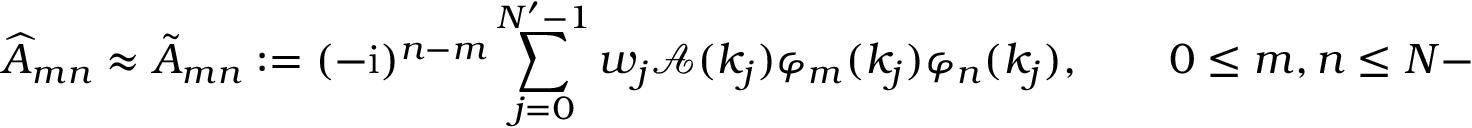
\widehat { A } _ { m n } \approx \tilde { A } _ { m n } : = ( - \mathrm { i } ) ^ { n - m } \sum _ { j = 0 } ^ { N ^ { \prime } - 1 } w _ { j } \mathcal { A } ( k _ { j } ) \varphi _ { m } ( k _ { j } ) \varphi _ { n } ( k _ { j } ) , \qquad 0 \leq m , n \leq N - 1 .